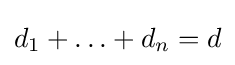
d_{1}+\ldots +d_{n}=d